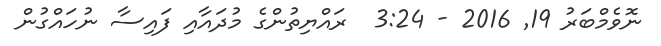
ނޮވެމްބަރު 19